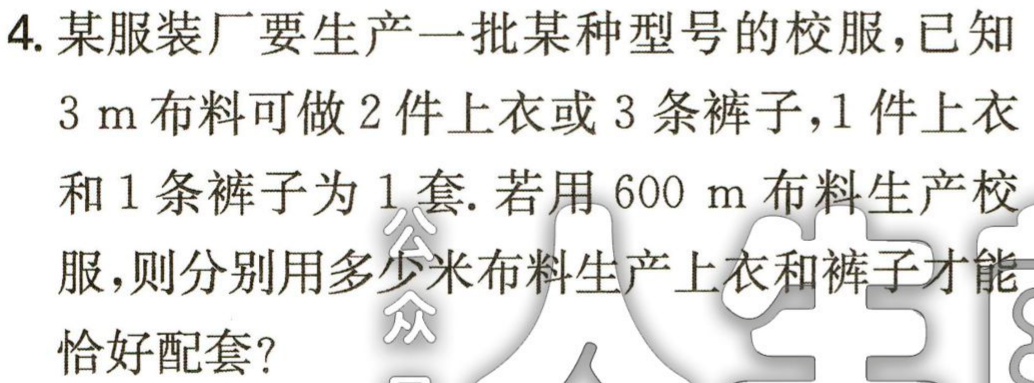
4. 某服装厂要生产一批某种型号的校服，已知

\(3\mathrm{m}\)布料可做\(2\)件上衣或\(3\)条裤子，\(1\)件上衣

和\(1\)条裤子为\(1\)套. 若用\(600\mathrm{m}\)布料生产校

服，则分别用多少米布料生产上衣和裤子才能

恰好配套？